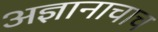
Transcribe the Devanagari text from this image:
अज्ञानाचाच